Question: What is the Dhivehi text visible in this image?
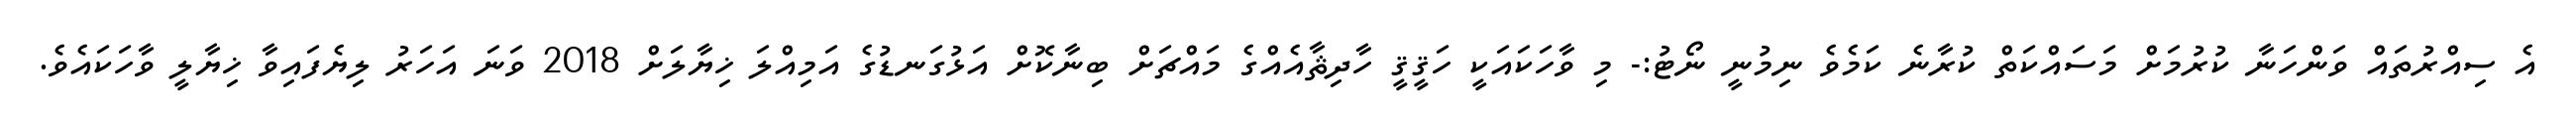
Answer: އެ ސިއްރުތައް ވަންހަނާ ކުރުމަށް މަސައްކަތް ކުރާނެ ކަމެވެ ނިމުނީ ނޯޓު:- މި ވާހަކައަކީ ހަޤީޤީ ހާދިޘާއެއްގެ މައްޗަށް ބިނާކޮށް އަޅުގަނޑުގެ އަމިއްލަ ޚިޔާލަށް 2018 ވަނަ އަހަރު ލިޔެފައިވާ ޚިޔާލީ ވާހަކައެވެ.